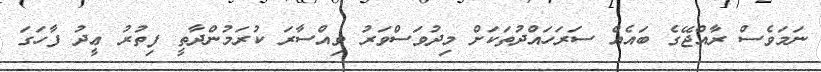
ނަމަވެސް ރާއްޖޭގެ ބައެއް ސަރަހައްދުތަކަށް މިދުވަސްވަރު ވިއްސާރަ ކުރަމުންދާތީ ފިތުރު ޢީދު ފާހަގަ